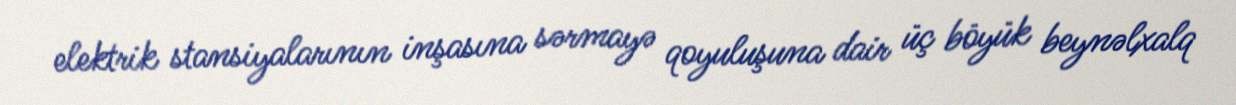
elektrik stansiyalarının inşasına sərmayə qoyuluşuna dair üç böyük beynəlxalq